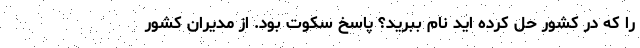
را که در کشور حل کرده اید نام ببرید؟ پاسخ سکوت بود. از مدیران کشور